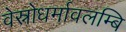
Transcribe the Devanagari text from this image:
वेस्नोधर्मावलम्बि